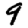
Digit: 9